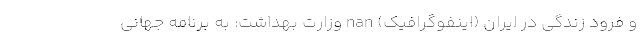
و فرود زندگی در ایران (اینفوگرافیک) nan وزارت بهداشت: به برنامه جهانی